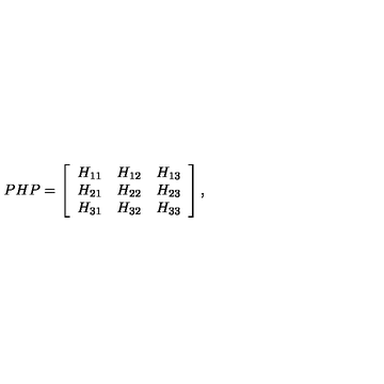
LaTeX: P H P = \left[ \begin{array} { r r r } { H _ { 1 1 } } & { H _ { 1 2 } } & { H _ { 1 3 } } \\ { H _ { 2 1 } } & { H _ { 2 2 } } & { H _ { 2 3 } } \\ { H _ { 3 1 } } & { H _ { 3 2 } } & { H _ { 3 3 } } \\ \end{array} \right] ,